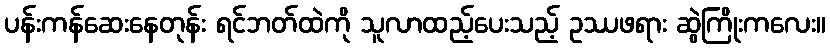
ပန်းကန်ဆေးနေတုန်း ရင်ဘတ်ထဲကို သူလာထည့်ပေးသည့် ဥဿဖရား ဆွဲကြိုးကလေး။